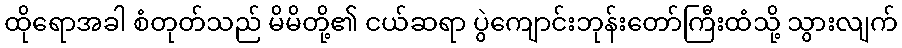
ထိုရောအခါ စံတုတ်သည် မိမိတို့၏ ငယ်ဆရာ ပွဲကျောင်းဘုန်းတော်ကြီးထံသို့ သွားလျက်